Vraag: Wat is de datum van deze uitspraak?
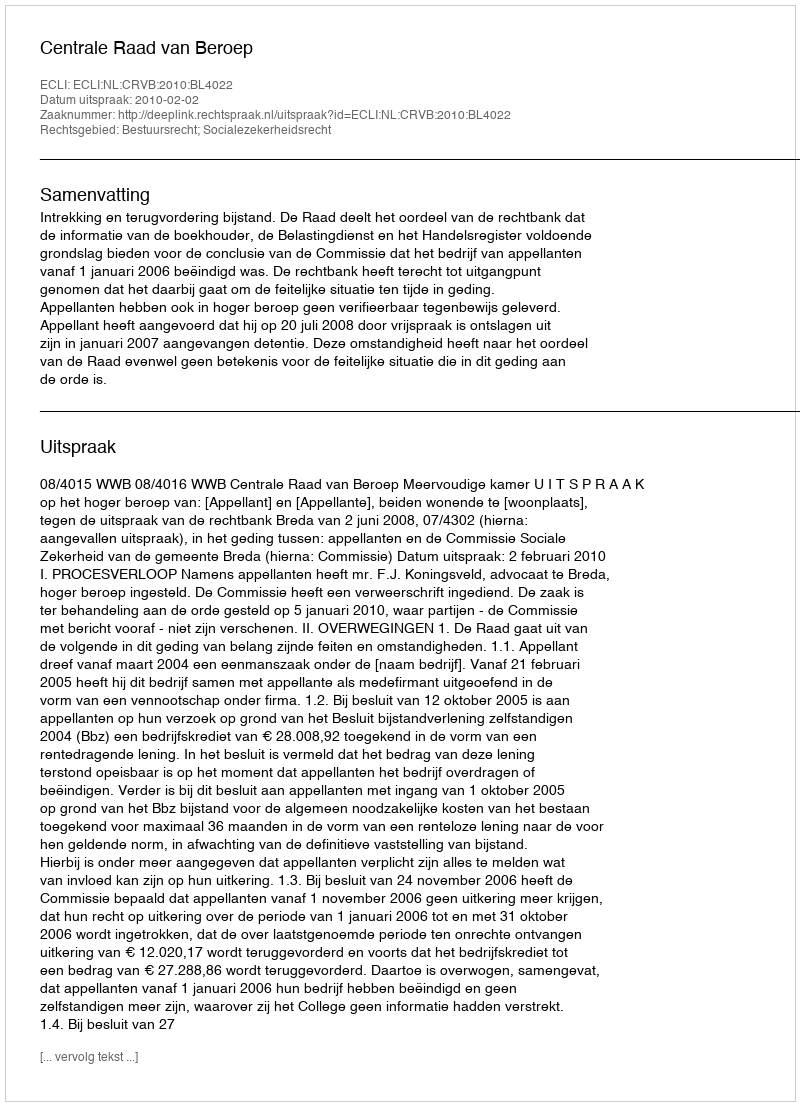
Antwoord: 2010-02-02